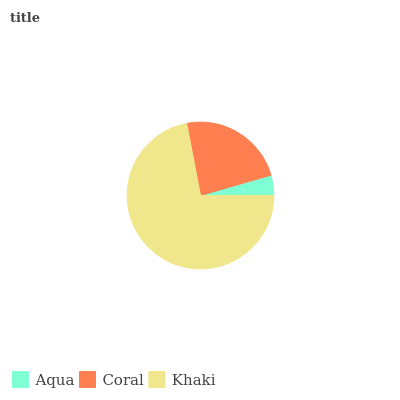
| Aqua | Coral | Khaki |
 | --- | --- | --- |
 | 4.46% | 23.6% | 72% |